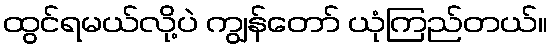
ထွင်ရမယ်လို့ပဲ ကျွန်တော် ယုံကြည်တယ်။